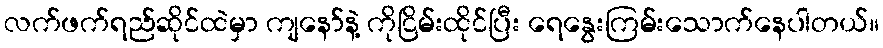
လက်ဖက်ရည်ဆိုင်ထဲမှာ ကျနော်နဲ့ ကိုငြိမ်းထိုင်ပြီး ရေနွေးကြမ်းသောက်နေပါတယ်။